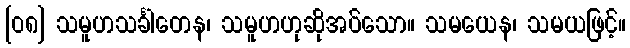
[၀၈] သမူဟသင်္ခါတေန၊ သမူဟဟုဆိုအပ်သော။ သမယေန၊ သမယဖြင့်။